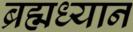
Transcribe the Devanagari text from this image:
ब्रह्मध्यान